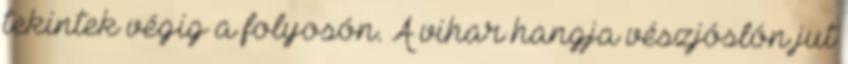
tekintek végig a folyosón. A vihar hangja vészjóslón jut